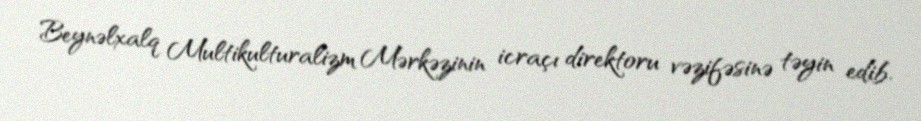
Beynəlxalq Multikulturalizm Mərkəzinin icraçı direktoru vəzifəsinə təyin edib.